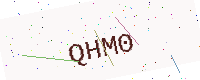
Text: QHM0